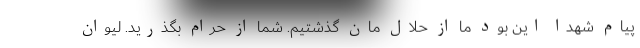
پیام شهدا این بود ما از حلال مان گذشتیم. شما از حرام بگذرید. لیوان